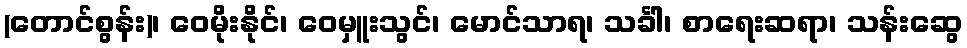
(တောင်စွန်း)၊ ဝေမိုးနိုင်၊ ဝေမှူးသွင်၊ မောင်သာရ၊ သင်္ခါ၊ စာရေးဆရာ၊ သန်းဆွေ